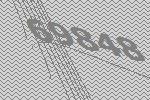
69848